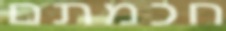
חכמתם